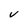
Character: v